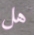
هل